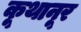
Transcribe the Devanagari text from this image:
कूथानूर